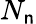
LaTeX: N_{\mathsf{n}}